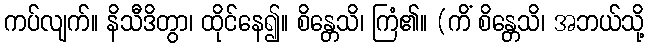
ကပ်လျက်။ နိသီဒိတွာ၊ ထိုင်နေ၍။ စိန္တေသိ၊ ကြံ၏။ (ကိံ စိန္တေသိ၊ အဘယ်သို့